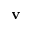
{ \mathbf v }